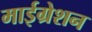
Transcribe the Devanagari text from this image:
माईग्रेशन